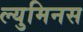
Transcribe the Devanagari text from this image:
ल्युमिनस